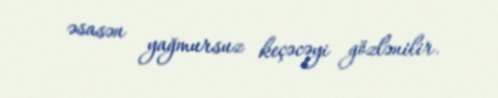
əsasən yağmursuz keçəcəyi gözlənilir.